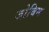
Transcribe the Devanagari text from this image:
जोबिम